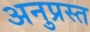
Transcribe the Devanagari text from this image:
अनुप्रस्त